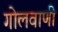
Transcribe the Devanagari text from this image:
गोलवाणी